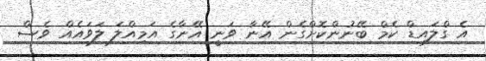
އެ ގްލައިޑް ކެމް ބޭނުންކޮށްގެން އޭނާ ވަނީ އޭނާގެ އަމިއްލަ ލަވައެއް ވެސް